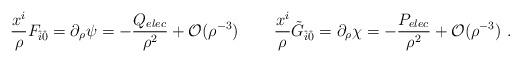
LaTeX: \begin{align*}\frac{x^i}{\rho }F_{\hat i\hat 0}=\partial_\rho\psi=-\frac{Q_{elec}}{\rho ^2}+{\cal O}(\rho ^{-3}) \,\qquad\frac{x^i}{\rho }\tilde G_{\hat i\hat0}=\partial_\rho \chi=-\frac{P_{elec}}{\rho ^2}+{\cal O}(\rho ^{-3})\ {}.\end{align*}